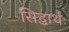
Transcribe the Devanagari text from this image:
सिद्धार्थः